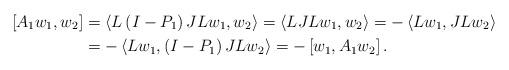
LaTeX: \begin{align*}\left[ A_{1}w_{1},w_{2}\right] & =\left\langle L\left( I-P_{1}\right)JLw_{1},w_{2}\right\rangle =\left\langle LJLw_{1},w_{2}\right\rangle=-\left\langle Lw_{1},JLw_{2}\right\rangle \\& =-\left\langle Lw_{1},\left( I-P_{1}\right) JLw_{2}\right\rangle=-\left[ w_{1},A_{1}w_{2}\right] .\end{align*}